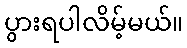
ပွားရပါလိမ့်မယ်။